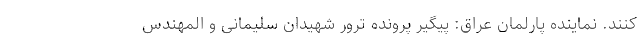
کنند. نماینده پارلمان عراق: پیگیر پرونده ترور شهیدان سلیمانی و المهندس